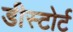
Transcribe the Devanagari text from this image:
डीस्टोर्ट